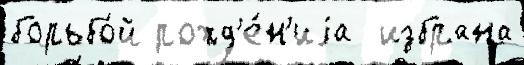
борьбо́й рожд'е́н'иjа  избрана